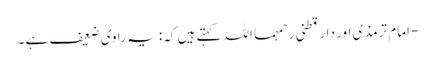
-امام ترمذی اور دارقطنی رحمہما اللہ کہتے ہیں کہ: یہ راوی ضعیف ہے۔